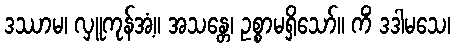
ဒဿာမ၊ လှူကုန်အံ့။ အသန္တေ၊ ဥစ္စာမရှိသော်။ ကိံ ဒဒါမသေ၊